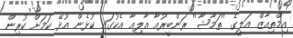
އިމްތިއާޒް އަލީގެ ''ތަމާޝާ'' ރަންބީރުއާ އާލިއާ އެކުގައި ކުޅެން އުޅޭ ކަމަށް ކުރިން